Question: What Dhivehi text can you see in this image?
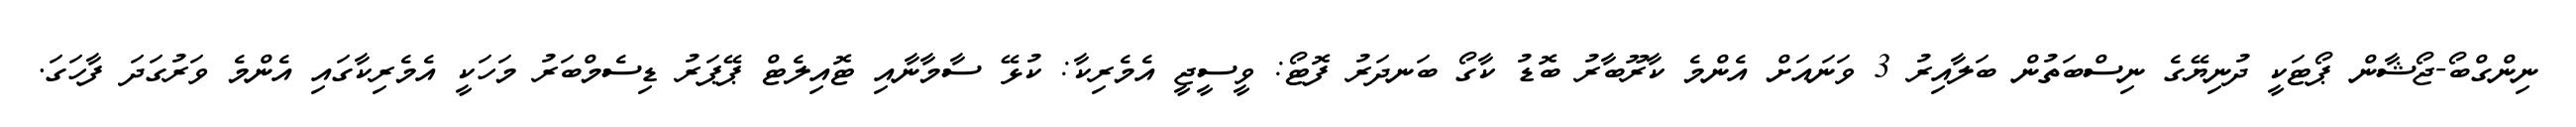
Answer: ނިންގްބޯ-ޖޯޝާން ޕޯޓަކީ ދުނިޔޭގެ ނިސްބަތުން ބަލާއިރު 3 ވަނައަށް އެންމެ ކާރޫބާރު ބޮޑު ކާގޯ ބަނދަރު ފޮޓޯ: ވީސީޖީ އެމެރިކާ: ކުޅޭ ސާމާނާއި ޓޮއިލެޓް ޕޭޕަރު ޑިސެމްބަރު މަހަކީ އެމެރިކާގައި އެންމެ ވަރުގަދަ ފާހަގަ.